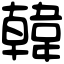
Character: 韓